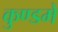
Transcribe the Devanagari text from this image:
कुण्डमे